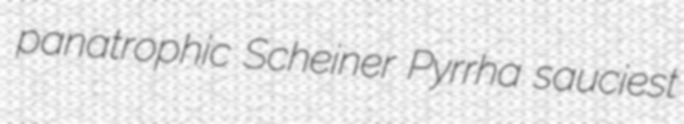
panatrophic Scheiner Pyrrha sauciest